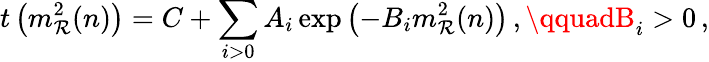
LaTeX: t\left(m_{\mathcal{R}}^{2}(n)\right)=C+\sum_{i>0}A_{i}\exp\left(-B_{i}m_{\mathcal{R}}^{2}(n)\right)\, ,\qquadB_{i}>0\, ,